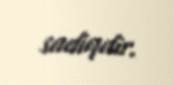
sadiqdir.